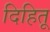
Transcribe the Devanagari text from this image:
दिहितू